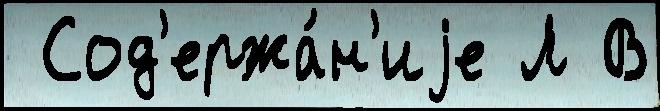
 Сод'ержа́н'иjе Л В